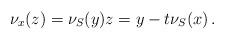
LaTeX: \begin{align*}\nu_{x}(z) = \nu_S(y)z=y-t\nu_S(x)\,.\end{align*}